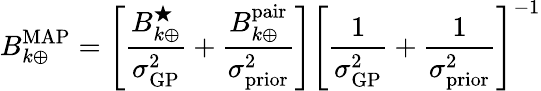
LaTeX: B_{k\oplus}^{\mathrm{MAP}}=\left[\frac{B_{k\oplus}^{\bigstar}}{\sigma_{\mathrm{GP}}^{2}}+\frac{B_{k\oplus}^{\mathrm{pair}}}{\sigma_{\mathrm{prior}}^{2}}\right]\left[\frac{1}{\sigma_{\mathrm{GP}}^{2}}+\frac{1}{\sigma_{\mathrm{prior}}^{2}}\right]^{-1}